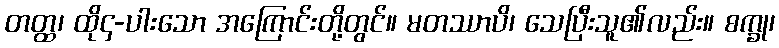
တတ္ထ၊ ထို၄-ပါးသော အကြောင်းတို့တွင်။ မတဿာပိ၊ သေပြီးသူ၏လည်း။ စက္ခု၊